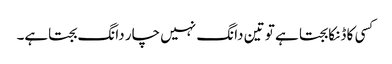
کسی کا ڈنکا بجتا ہے تو تین دانگ نہیں چار دانگ بجتاہے۔